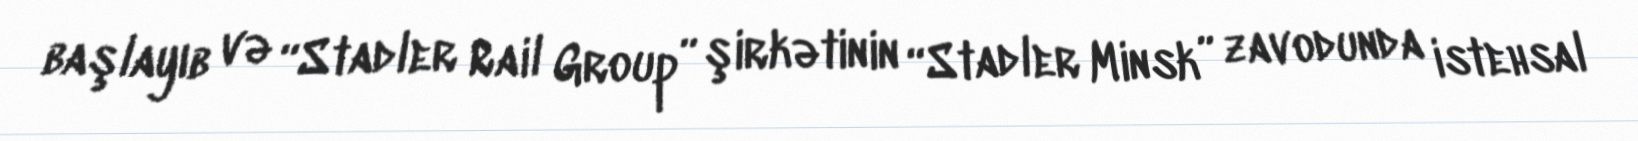
başlayıb və “Stadler Rail Group” şirkətinin “Stadler Minsk” zavodunda istehsal